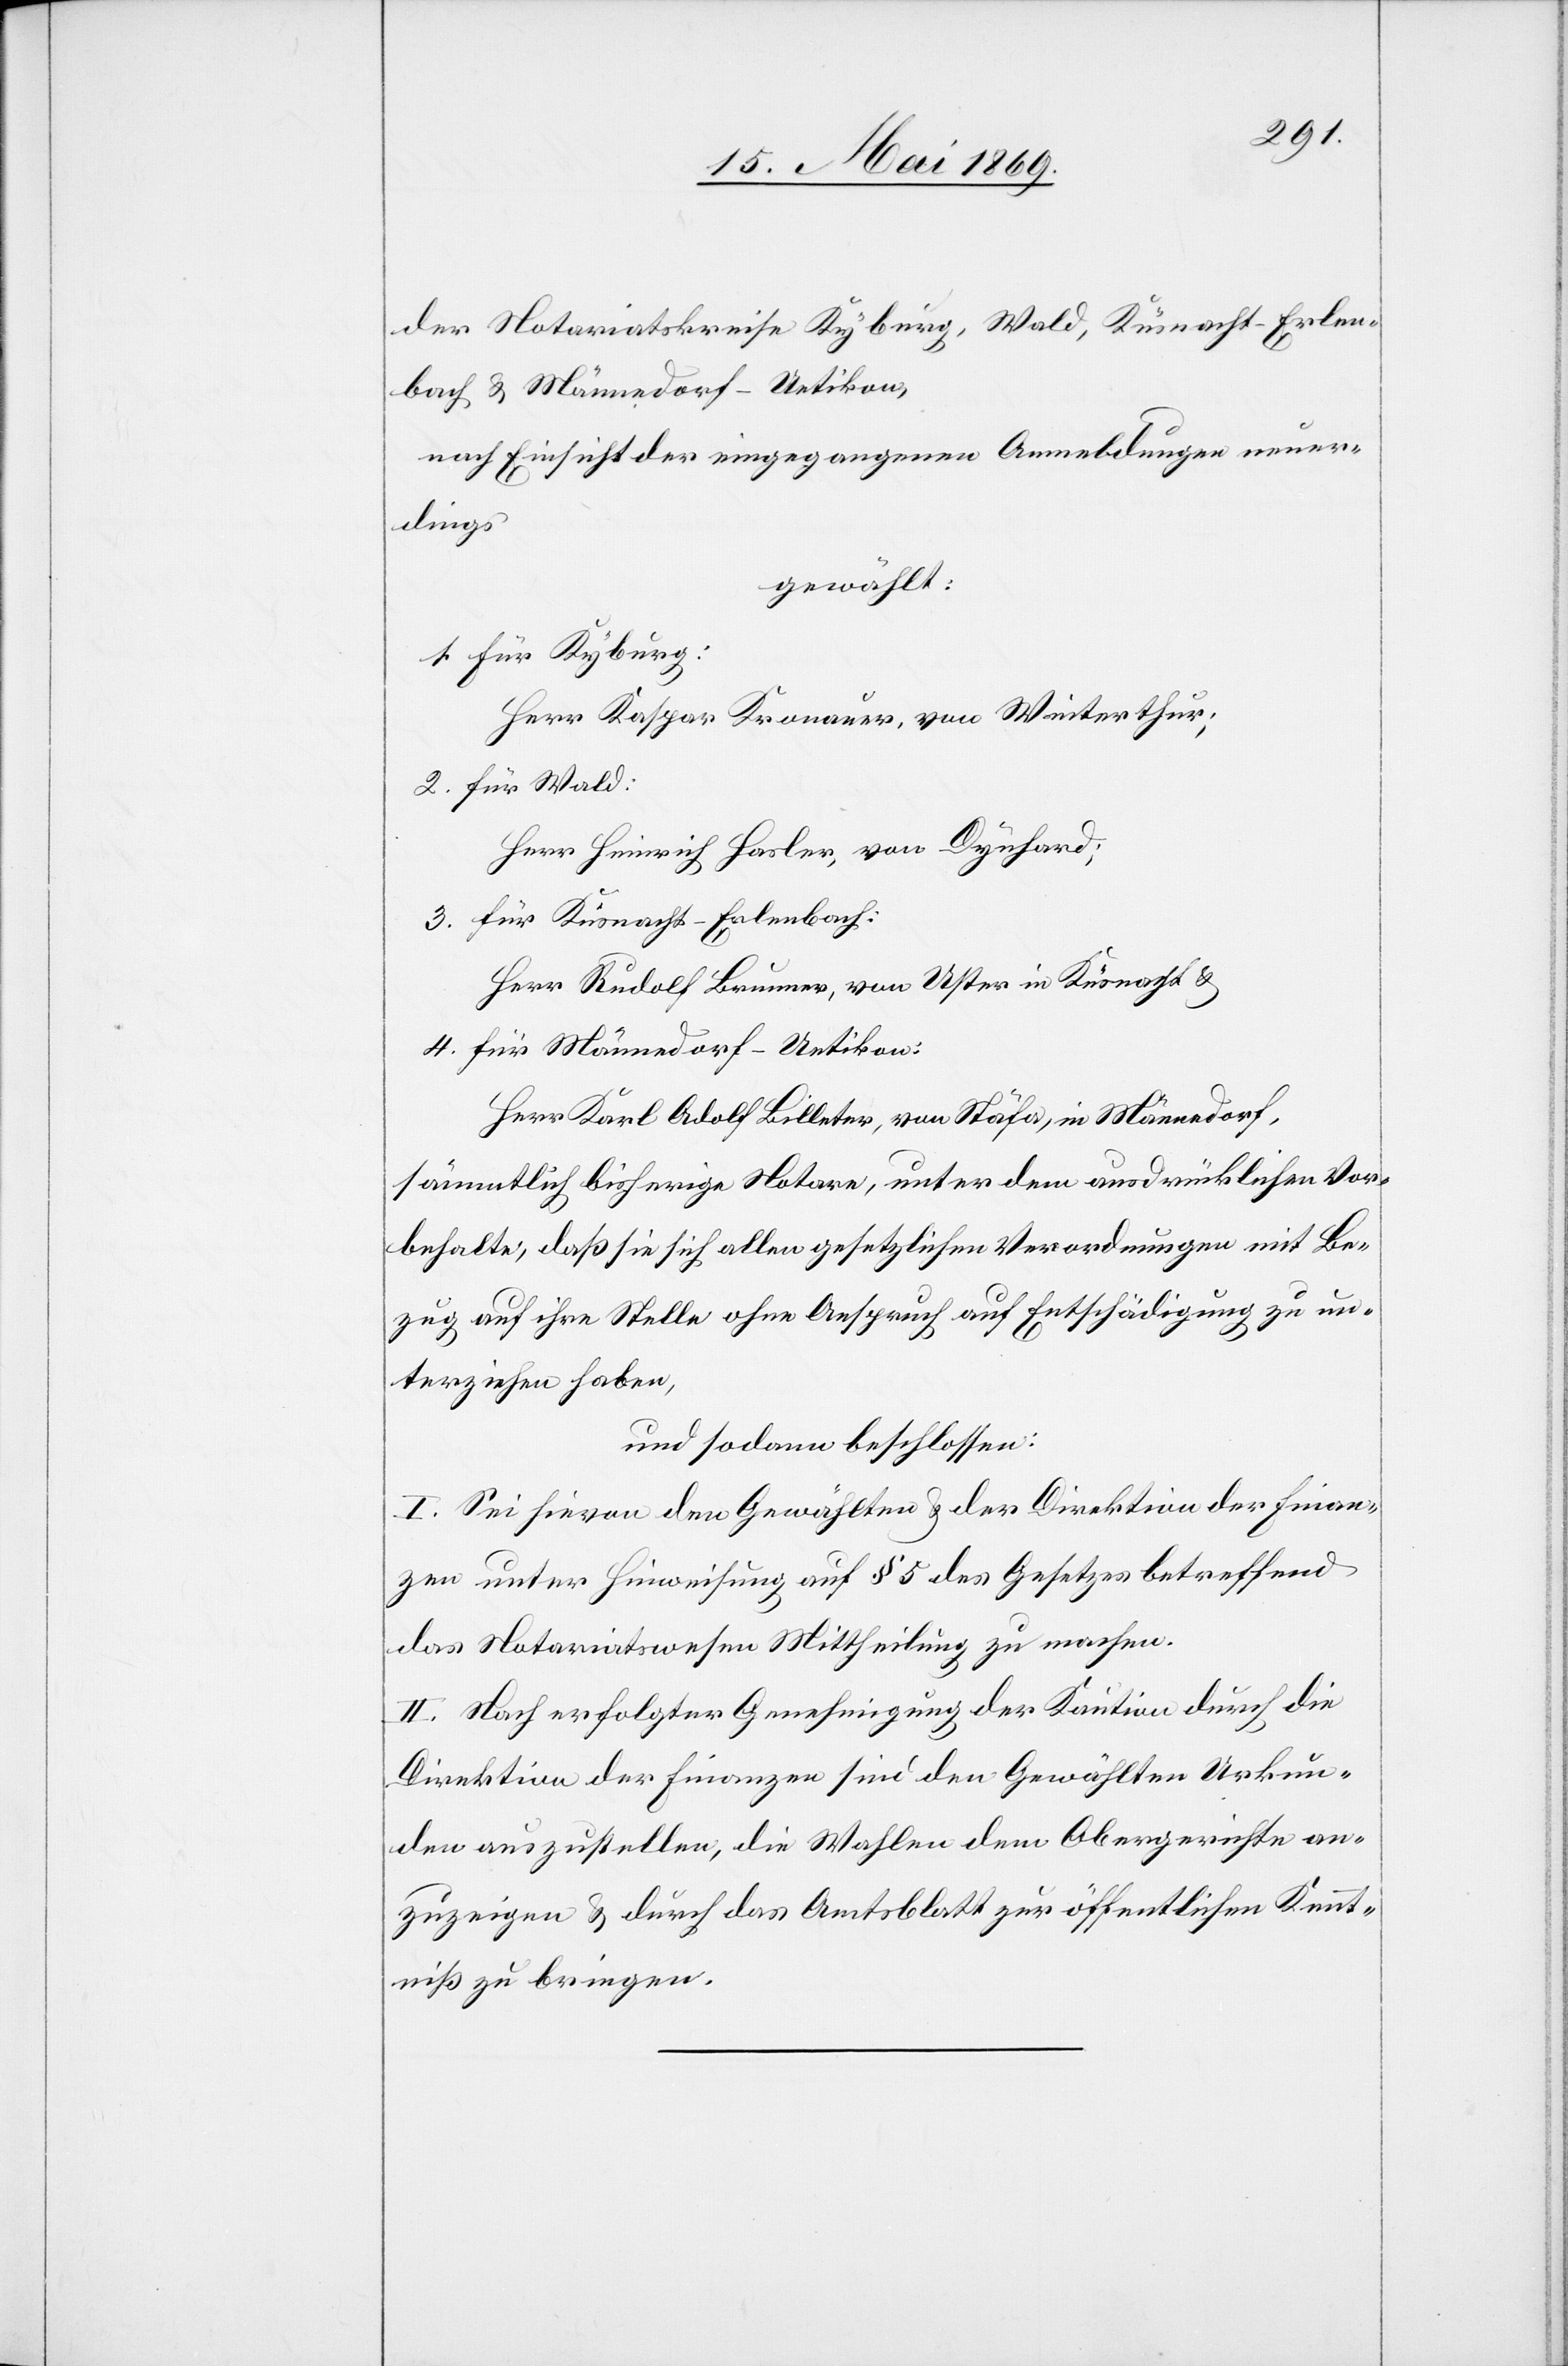
der Notariatskreise Kyburg, Wald, Küsnacht-Erlen¬
bach u. Männedorf-Uetikon,
nach Einsicht eingegangenen Anmeldungen neuer¬
dings
gewählt:
1. für Kyburg:
Herr Kaspar Kronauer, von Winterthur;
2. für Wald:
Herr Heinrich Hasler, von Dynhard;
3. für Küsnacht-Erlenbach:
Herr Rudolf Brunner, von Uster in Küsnacht u.
4. für Männedorf-Uetikon:
Herr Karl Adolf Billeter, von Stäfa, in Männedorf,
sämmtliche bisherige Notare, unter dem ausdrücklichen Vor¬
behalte, daß sie sich allen gesetzlichen Verordnungen mit Be¬
zug auf ihre Stelle ohne Anspruch auf Entschädigung zu un¬
terziehen haben,
und sodann beschlossen:
I. Sei hievon dem Gewählten u. der Direktion der Finan¬
zen unter Hinweisung auf § 5 des Gesetzes betreffend
das Notariatsgesetz Mittheilung zu machen.
II. Nach erfolgter Genehmigung der Kaution durch die
Direktion der Finanzen sind den Gewählten Urkun¬
den auszustellen, die Wahlen dem Obergerichte an¬
zuzeigen u. durch das Amtsblatt zur öffentlichen Kennt¬
niß zu bringen.